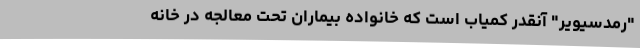
"رمدسیویر" آنقدر کمیاب است که خانواده‌ بیماران تحت معالجه در خانه